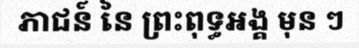
ភាជន៍ នៃ ព្រះពុទ្ធអង្គ មុន ៗ